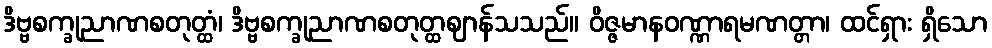
ဒိဗ္ဗစက္ခုညာဏစတုတ္ထံ၊ ဒိဗ္ဗစက္ခုညာဏစတုတ္ထဈာန်သသည်။ ဝိဇ္ဇမာနဝဏ္ဏာရမဏတ္တာ၊ ထင်ရှား ရှိသော